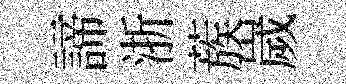
諦浙蔟嵗